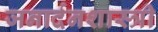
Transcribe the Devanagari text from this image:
जनार्दनशास्त्री